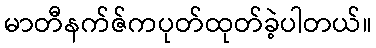
မာတီနက်ဇ်ကပုတ်ထုတ်ခဲ့ပါတယ်။